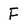
Character: F